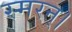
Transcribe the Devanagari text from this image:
स्मरन्‌।